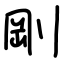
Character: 剛